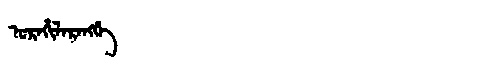
Manchu: ᡠᡵᠠᡥᡳᠯᠠᡵᠠᠩᡤᡝ
Romanization: URAHILARANGGE